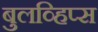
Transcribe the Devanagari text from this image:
बुलव्हिप्स